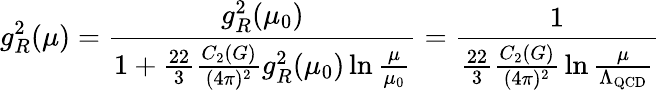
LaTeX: g_{R}^{2}(\mu)={\frac{g_{R}^{2}(\mu_{0})}{1+{\frac{22}{3}}{\frac{C_{2}(G)}{(4\pi)^{2}}}g_{R}^{2}(\mu_{0})\ln{\frac{\mu}{\mu_{0}}}}}={\frac{1}{{\frac{22}{3}}{\frac{C_{2}(G)}{(4\pi)^{2}}}\ln{\frac{\mu}{\Lambda_{\mathrm{QCD}}}}}}